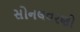
સોનલવરણો